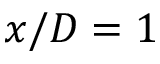
x / D = 1